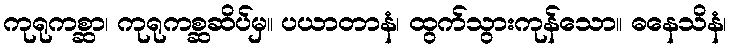
ကုရုကစ္ဆာ၊ ကုရုကစ္ဆဆိပ်မှ။ ပယာတာနံ၊ ထွက်သွားကုန်သော။ ဓနေသိနံ၊